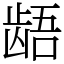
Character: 龉